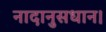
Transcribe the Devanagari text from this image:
नादानुसधान।